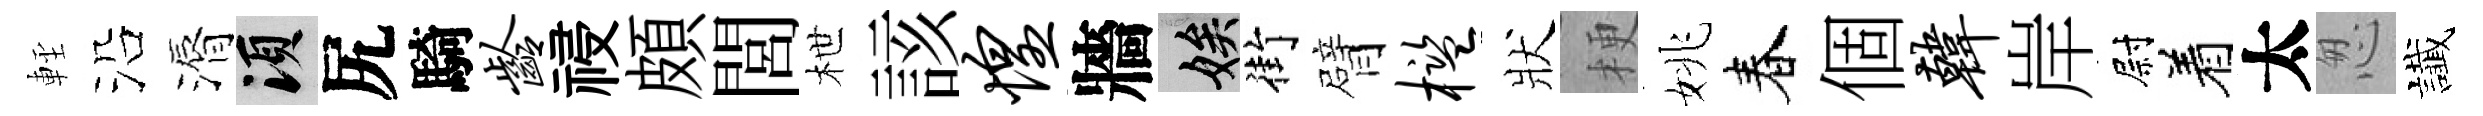
䡖沿漘須尻騎龄祲頗閭枻該惶牆娭街臂槛狀梗姚春個韩岸尉着太怱䜟